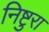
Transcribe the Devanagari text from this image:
निष्टुरा